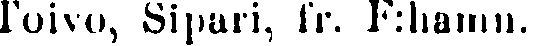
Toivo, Sipari, fr. F:hamn.